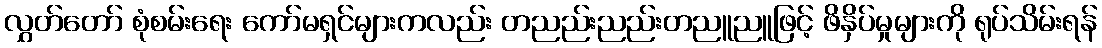
လွှတ်တော် စုံစမ်းရေး ကော်မရှင်များကလည်း တညည်းညည်းတညူညူဖြင့် ဖိနှိပ်မှုများကို ရုပ်သိမ်းရန်